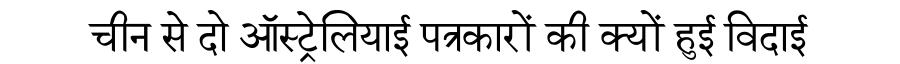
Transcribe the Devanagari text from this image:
चीन से दो ऑस्ट्रेलियाई पत्रकारों की क्यों हुई विदाई